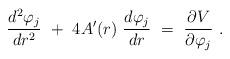
LaTeX: \begin{align*}{d^2 \varphi_j \over d r^2} ~+~ 4 A'(r)~{d \varphi_j \over d r } ~=~{\partial V \over \partial \varphi_j}\ .\end{align*}